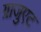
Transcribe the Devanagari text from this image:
ग्राजुएट